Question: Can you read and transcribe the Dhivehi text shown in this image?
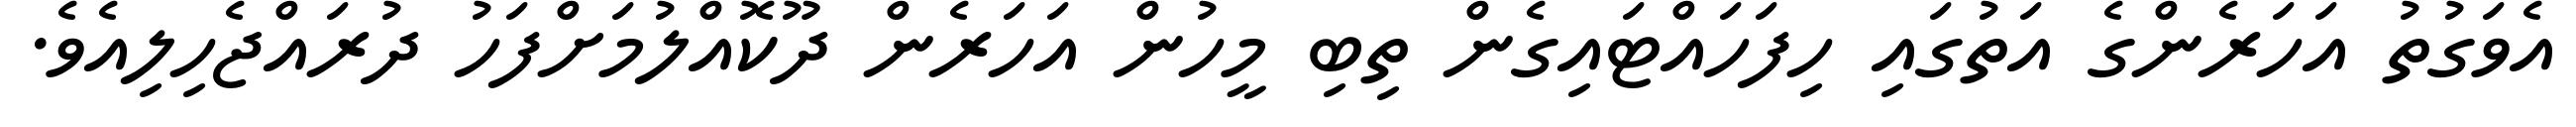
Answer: އެވަގުތު އަހަރެންގެ އަތުގައި ހިފަހައްޓައިގެން ތިބި މީހުން އަހަރެން ދޫކޮއްލުމަށްފަހު ދުރައްޖެހިލިއެވެ.